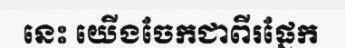
នេះ យើងចែកជាពីរផ្នែក